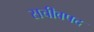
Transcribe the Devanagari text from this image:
सचीवपद